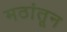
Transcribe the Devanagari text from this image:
मठांतून